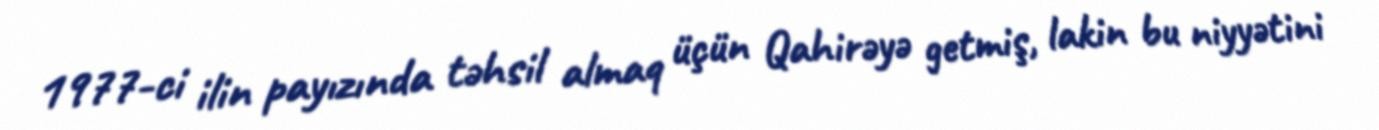
1977-ci ilin payızında təhsil almaq üçün Qahirəyə getmiş, lakin bu niyyətini